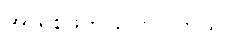
အာရစ်ဖ်က ပြောပါတယ်။